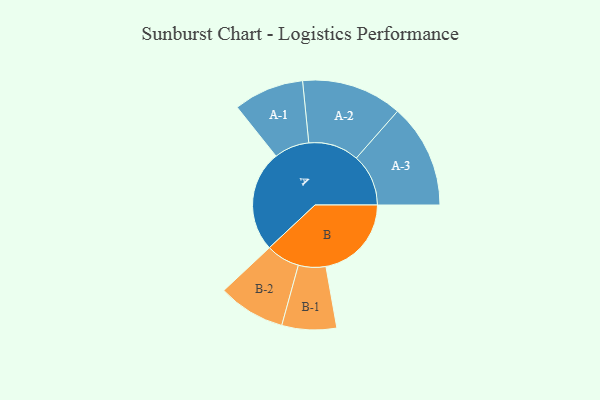
{"axis": {"x": "Segment", "y": "Value"}, "legend": ["", "A", "B"], "data": [{"x": "A", "y": 478, "type": ""}, {"x": "B", "y": 404, "type": ""}, {"x": "A-1", "y": 166, "type": "A"}, {"x": "A-2", "y": 238, "type": "A"}, {"x": "A-3", "y": 246, "type": "A"}, {"x": "B-1", "y": 129, "type": "B"}, {"x": "B-2", "y": 159, "type": "B"}]}